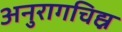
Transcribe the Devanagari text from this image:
अनुरागचिह्न